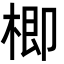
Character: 楖